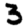
Digit: 3